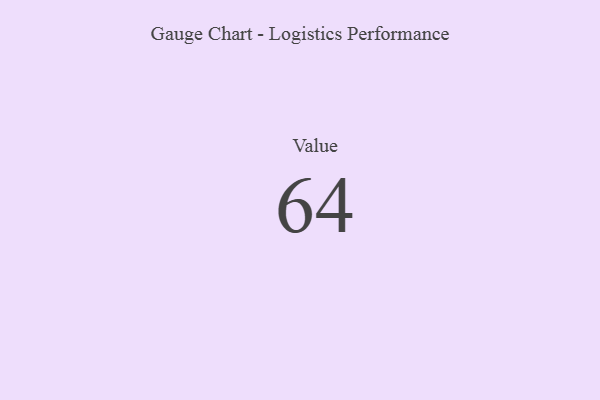
{"axis": {"x": "Metric", "y": "Value"}, "legend": [""], "data": [{"x": "Value", "y": 64, "type": ""}]}